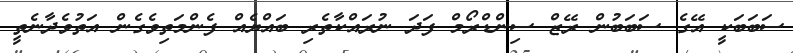
ސަބަބަކީ އޭގެ ސަބަބުން ރޭޒް ސިންޑްރޯމް ފަދަ ނުރައްކާތެރި ބައްޔެއް ފެންމަތިވެގެން އަތުވެދާނެތީ